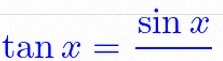
\tan x=\frac{\sin x}{\cos x}